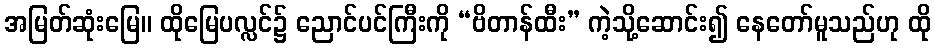
အမြတ်ဆုံးမြေ။ ထိုမြေပလ္လင်၌ ညောင်ပင်ကြီးကို “ဗိတာန်ထီး” ကဲ့သို့ဆောင်း၍ နေတော်မူသည်ဟု ထို